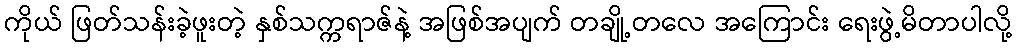
ကိုယ် ဖြတ်သန်းခဲ့ဖူးတဲ့ နှစ်သက္ကရာဇ်နဲ့ အဖြစ်အပျက် တချို့တလေ အကြောင်း ရေးဖွဲ့မိတာပါလို့